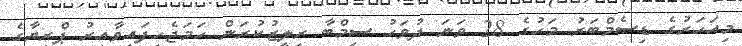
މިއަހަރުގެ ޑިސެމްބަރު މަހުގެ 28 ވަނަ ދުވަހު ސިމްބާ ރިލީޒުކުރަން ހަމަޖެހިފައިވާއިރު ޕްރިޔާގެ